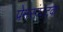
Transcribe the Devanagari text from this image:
प्रेमसंघटक